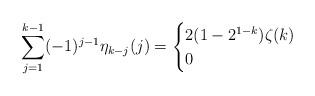
LaTeX: \begin{align*} \sum_{j=1}^{k-1} (-1)^{j-1}\eta_{k-j}(j)=\begin{cases} 2(1-2^{1-k})\zeta(k)&\\0 & \end{cases} \end{align*}